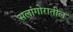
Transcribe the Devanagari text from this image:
सलांगोरातील